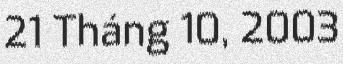
21 Tháng 10, 2003